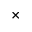
\times